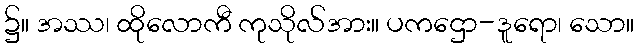
၌။ အဿ၊ ထိုလောကီ ကုသိုလ်အား။ ပကဌော-ဒူရော၊ သော။